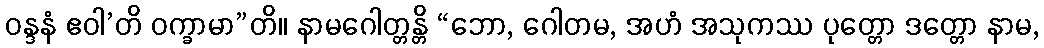
ဝန္ဒနံ ဧဝါ’တိ ဝက္ခာမာ”တိ။ နာမဂေါတ္တန္တိ “ဘော, ဂေါတမ, အဟံ အသုကဿ ပုတ္တော ဒတ္တော နာမ,